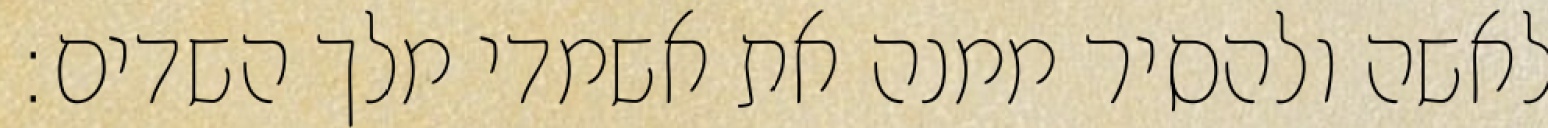
לאשה ולהסיר ממנה את אשמדי מלך השדים: